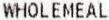
WHOLEMEAL